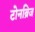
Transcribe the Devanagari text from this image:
टोनब्रिज